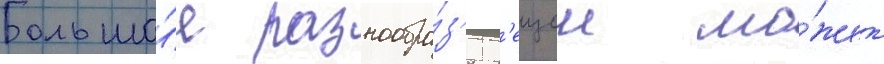
Большо́е разнообра́з'ие в'ещеи мо́жет